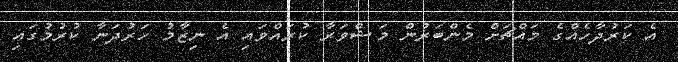
އެ ކަރުދާހެއްގެ މައްޗަށް މެންބަރުން މަޝްވަރާ ކުރައްވައި އެ ނިޒާމު ހަރުދަނާ ކުރުމުގައި